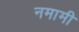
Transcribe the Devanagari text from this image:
नमामी